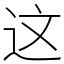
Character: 这